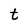
Character: t